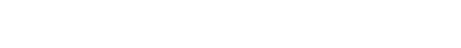
အားကြီးစွာသော အကြောင်းဖြစ်၍ ဖြစ်သော။) ကမ္မံ၊ ကံတည်း။ ဝိဝဋ္ဋံ နာမ၊ ဝိဝဋ္ဋမည်သည်ကား။ နဝ